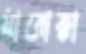
মারোক্কা